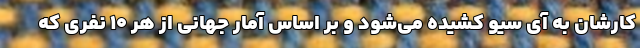
کارشان به آی سیو کشیده می‌شود و بر اساس آمار جهانی از هر ۱۰ نفری که